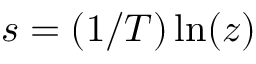
s = ( 1 / T ) \ln ( z )